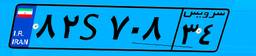
۸۲S۷۰۸۳۴